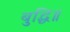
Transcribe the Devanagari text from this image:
बुद्धि॥